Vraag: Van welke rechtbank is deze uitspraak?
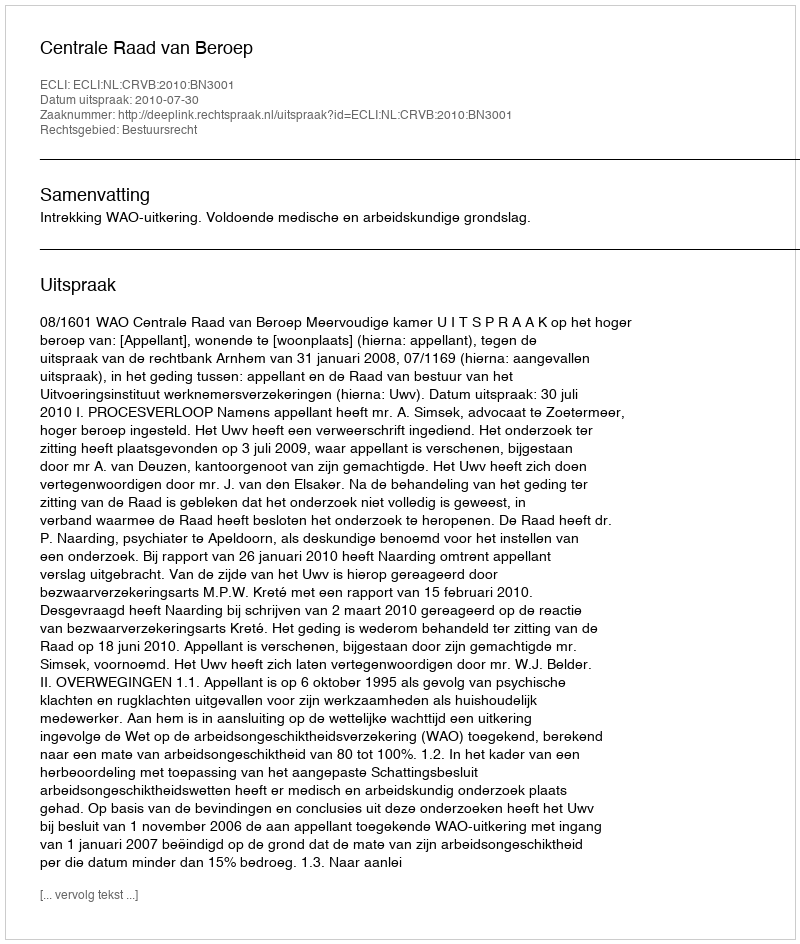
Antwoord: Centrale Raad van Beroep